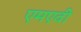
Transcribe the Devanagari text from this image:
एमएवी